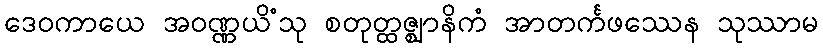
ဒေဝကာယေ အဝဏ္ဏယိံသု စတုတ္ထဇ္ဈာနိကံ အာတင်္ကဖဿေန သုဿာမ